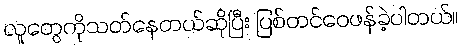
လူတွေကိုသတ်နေတယ်ဆိုပြီး ပြစ်တင်ဝေဖန်ခဲ့ပါတယ်။